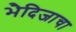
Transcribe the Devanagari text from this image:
भैदिजाचा